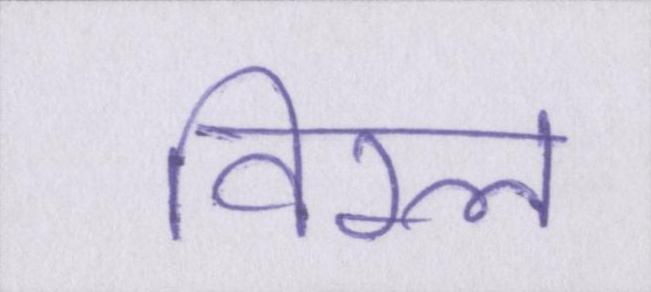
विरल